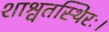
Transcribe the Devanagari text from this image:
शाश्वतस्थिरः।